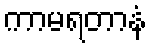
ကာမရတာနံ